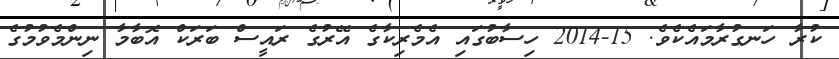
ކުރާ ހަނގުރާމައެކެވެ. 15-2014 ހިސާބުގައި އެމެރިކާގެ އޭރުގެ ރައީސް ބަރަކް އޮބާމާ ނިންމެވުމުގެ